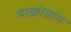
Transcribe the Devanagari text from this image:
माक्रोग्राम